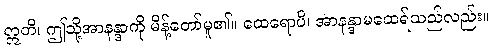
ဣတိ၊ ဤသို့အာနန္ဒာကို မိန့်တော်မူ၏။ ထေရောပိ၊ အာနန္ဒာမထေရ်သည်လည်း။